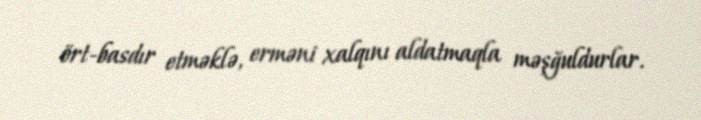
ört-basdır etməklə, erməni xalqını aldatmaqla məşğuldurlar.